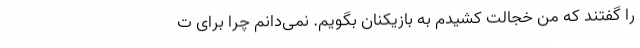
را گفتند که من خجالت کشیدم به بازیکنان بگویم. نمی‌دانم چرا برای ت